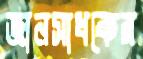
জ্ঞানসাধকের